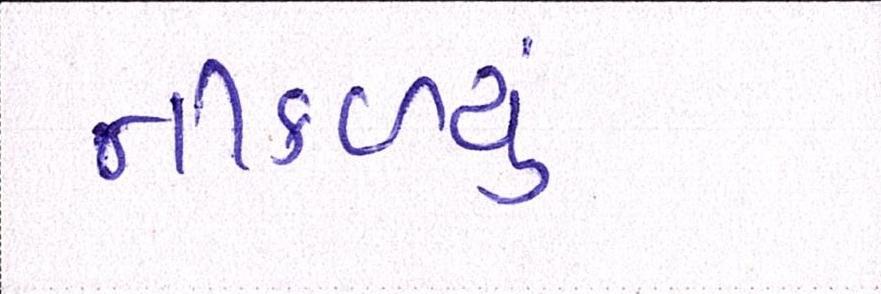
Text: નીકળ્યું